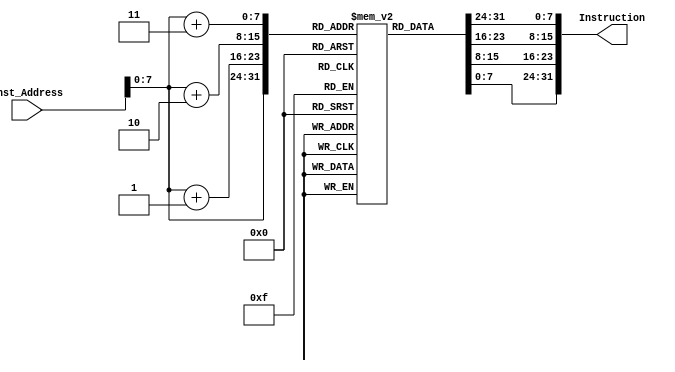
module Instruction_Memory
(
input [63:0] Inst_Address,
output reg [31:0] Instruction
);

reg [7:0] memory [147:0];

initial
begin
	//addi x1,zero,4
	memory[0] <= 8'b10010011;
	memory[1] <= 8'b00000000;
	memory[2] <= 8'b01000000;
	memory[3] <= 8'b00000000;
	//addi x22,zero,0
	memory[4] <= 8'b00010011;
	memory[5] <= 8'b00001011;
	memory[6] <= 8'b00000000;
	memory[7] <= 8'b00000000;
	//addi x23,zero,0
	memory[8] <= 8'b10010011;
	memory[9] <= 8'b00001011;
	memory[10] <= 8'b00000000;
	memory[11] <= 8'b00000000;
	//add x5,zero,zero
	memory[12] <= 8'b10110011;
	memory[13] <= 8'b00000010;
	memory[14] <= 8'b00000000;
	memory[15] <= 8'b00000000;
	//add x2,zero,zero
	memory[16] <= 8'b00110011;
	memory[17] <= 8'b00000001;
	memory[18] <= 8'b00000000;
	memory[19] <= 8'b00000000;
	//addi x3,zero,0 array
	memory[20] <= 8'b10010011;
	memory[21] <= 8'b00000001;
	memory[22] <= 8'b00000000;
	memory[23] <= 8'b00000000;
	//add x12, x2, x3
	memory[24] <= 8'b00110011;
	memory[25] <= 8'b00000110;
	memory[26] <= 8'b00110001;
	memory[27] <= 8'b00000000;
	//sw x22, 0(x12)
	memory[28] <= 8'b00100011;
	memory[29] <= 8'b00100000;
	memory[30] <= 8'b01100110;
	memory[31] <= 8'b00000001;
	//addi x22, x22, 1
	memory[32] <= 8'b00010011;
	memory[33] <= 8'b00001011;
	memory[34] <= 8'b00011011;
	memory[35] <= 8'b00000000;
	//addi x2,x2,8
	memory[36] <= 8'b00010011;
	memory[37] <= 8'b00000001;
	memory[38] <= 8'b10000001;
	memory[39] <= 8'b00000000;
	//bne x22, x1, Loop
	memory[40] <= 8'b11100011;
	memory[41] <= 8'b00011000;
	memory[42] <= 8'b00011011;
	memory[43] <= 8'b11111110;
	//addi x22, zero, 0
	memory[44] <= 8'b00010011;
	memory[45] <= 8'b00001011;
	memory[46] <= 8'b00000000;
	memory[47] <= 8'b00000000;
	//add x2,zero,zero
	memory[48] <= 8'b00110011;
	memory[49] <= 8'b00000001;
	memory[50] <= 8'b00000000;
	memory[51] <= 8'b00000000;
	//add x11,zero,zero
	memory[52] <= 8'b10110011;
	memory[53] <= 8'b00000101;
	memory[54] <= 8'b00000000;
	memory[55] <= 8'b00000000;
	//add x23,zero,x22
	memory[56] <= 8'b10110011;
	memory[57] <= 8'b00001011;
	memory[58] <= 8'b01100000;
	memory[59] <= 8'b00000001;
	//add x12, x2, x3
	memory[60] <= 8'b00110011;
	memory[61] <= 8'b00000110;
	memory[62] <= 8'b00110001;
	memory[63] <= 8'b00000000;
	//lw x15, 0(x12)
	memory[64] <= 8'b10000011;
	memory[65] <= 8'b00100111;
	memory[66] <= 8'b00000110;
	memory[67] <= 8'b00000000;
	//addi x11,x23,0
	memory[68] <= 8'b10010011;
	memory[69] <= 8'b10000101;
	memory[70] <= 8'b00001011;
	memory[71] <= 8'b00000000;
	//add x11,x11,x23
	memory[72] <= 8'b10110011;
	memory[73] <= 8'b10000101;
	memory[74] <= 8'b01110101;
	memory[75] <= 8'b00000001;
	//add x11,x11,x23
	memory[76] <= 8'b10110011;
	memory[77] <= 8'b10000101;
	memory[78] <= 8'b01110101;
	memory[79] <= 8'b00000001;
	//add x11,x11,x23
	memory[80] <= 8'b10110011;
	memory[81] <= 8'b10000101;
	memory[82] <= 8'b01110101;
	memory[83] <= 8'b00000001;
	//add x11,x11,x23
	memory[84] <= 8'b10110011;
	memory[85] <= 8'b10000101;
	memory[86] <= 8'b01110101;
	memory[87] <= 8'b00000001;
	//add x11,x11,x23
	memory[88] <= 8'b10110011;
	memory[89] <= 8'b10000101;
	memory[90] <= 8'b01110101;
	memory[91] <= 8'b00000001;
	//add x11,x11,x23
	memory[92] <= 8'b10110011;
	memory[93] <= 8'b10000101;
	memory[94] <= 8'b01110101;
	memory[95] <= 8'b00000001;
	//add x11,x11,x23
	memory[96] <= 8'b10110011;
	memory[97] <= 8'b10000101;
	memory[98] <= 8'b01110101;
	memory[99] <= 8'b00000001;
	//add x10, x11, x3	
	memory[100] <= 8'b00110011;
	memory[101] <= 8'b10000101;
	memory[102] <= 8'b00110101;
	memory[103] <= 8'b00000000;
	//lw x16, 0(x10)
	memory[104] <= 8'b00000011;
	memory[105] <= 8'b00101000;
	memory[106] <= 8'b00000101;
	memory[107] <= 8'b00000000;
	//blt x15,x16,else
	memory[108] <= 8'b01100011;
	memory[109] <= 8'b11000100;
	memory[110] <= 8'b00000111;
	memory[111] <= 8'b00000001;
	//beq x0,x0,exit
	memory[112] <= 8'b01100011;
	memory[113] <= 8'b00001000;
	memory[114] <= 8'b00000000;
	memory[115] <= 8'b00000000;
	//add x5, zero, x15
	memory[116] <= 8'b10110011;
	memory[117] <= 8'b00000010;
	memory[118] <= 8'b11110000;
	memory[119] <= 8'b00000000;
	//sw x16, 0(x12)
	memory[120] <= 8'b00100011;
	memory[121] <= 8'b00100000;
	memory[122] <= 8'b00000110;
	memory[123] <= 8'b00000001;
	//sw x5, 0(x10)
	memory[124] <= 8'b00100011;
	memory[125] <= 8'b00100000;
	memory[126] <= 8'b01010101;
	memory[127] <= 8'b00000000;
	//addi x23,x23,1
	memory[128] <= 8'b10010011;
	memory[129] <= 8'b10001011;
	memory[130] <= 8'b00011011;
	memory[131] <= 8'b00000000;
	//bne x23, x1, loopinner
	memory[132] <= 8'b11100011;
	memory[133] <= 8'b10011100;
	memory[134] <= 8'b00011011;
	memory[135] <= 8'b11111010;
	//addi x22, x22, 1
	memory[136] <= 8'b00010011;
	memory[137] <= 8'b00001011;
	memory[138] <= 8'b00011011;
	memory[139] <= 8'b00000000;
	//addi x2,x2,8
	memory[140] <= 8'b00010011;
	memory[141] <= 8'b00000001;
	memory[142] <= 8'b10000001;
	memory[143] <= 8'b00000000;
	//bne x22, x1, loopouter
	memory[144] <= 8'b11100011;
	memory[145] <= 8'b00010100;
	memory[146] <= 8'b00011011;
	memory[147] <= 8'b11111010;
end

always@(*)
	Instruction = {memory[Inst_Address + 3], memory[Inst_Address + 2], memory[Inst_Address + 1], memory[Inst_Address]};
	
endmodule